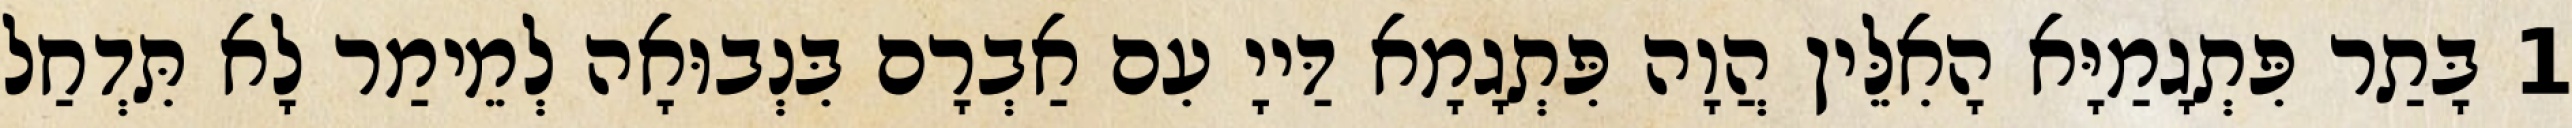
1 בָּתַר פִּתְגָמַיָּא הָאִלֵּין הֲוָה פִּתְגָמָא דַּייָ עִם אַבְרָם בִּנְבוּאָה לְמֵימַר לָא תִּדְחַל